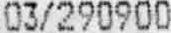
03/290900